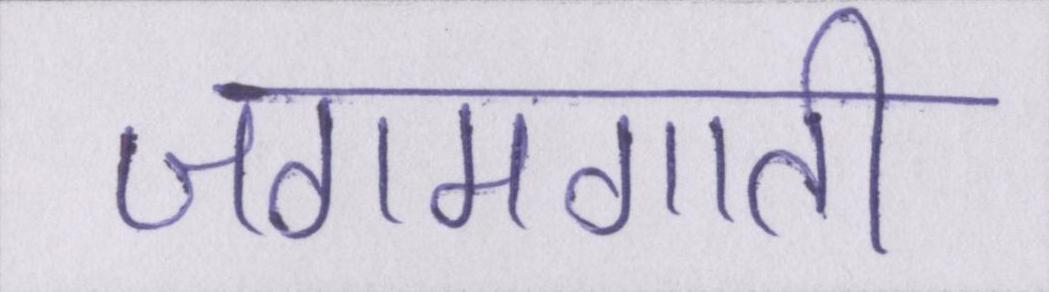
जगमगाती